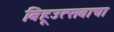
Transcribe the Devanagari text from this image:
बिहूउत्सवाचा